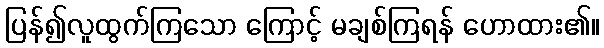
ပြန်၍လူထွက်ကြသော ကြောင့် မချစ်ကြရန် ဟောထား၏။